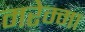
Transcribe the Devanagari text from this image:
मरेम्मा